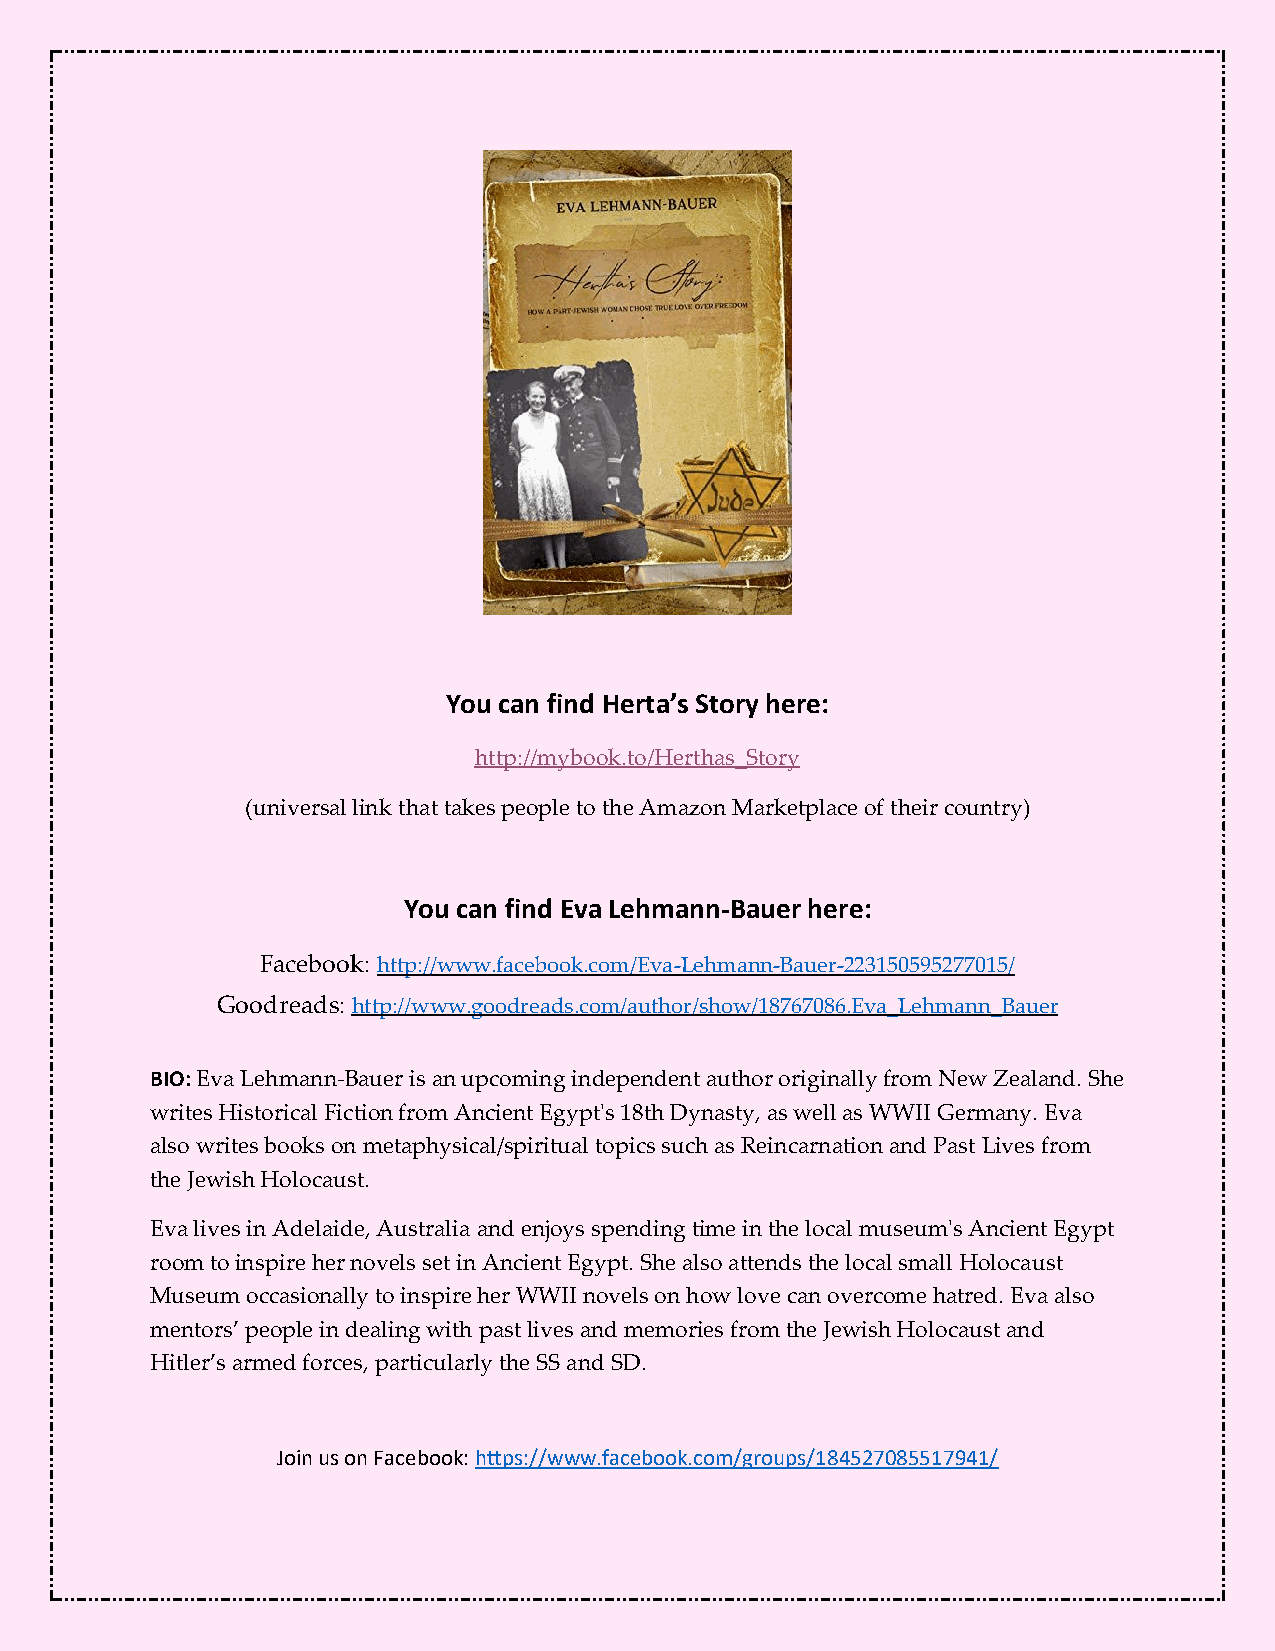
You can find Herta’s Story here:
 http://mybook.to/Herthas_Story
 (universal link that takes people to the Amazon Marketplace of their country)
 You can find Eva Lehmann-Bauer here:
 Facebook: http://www.facebook.com/Eva-Lehmann-Bauer-223150595277015/
 Goodreads: http://www.goodreads.com/author/show/18767086.Eva_Lehmann_Bauer
 BIO: Eva Lehmann-Bauer is an upcoming independent author originally from New Zealand. She
 writes Historical Fiction from Ancient Egypt's 18th Dynasty, as well as WWII Germany. Eva
 also writes books on metaphysical/spiritual topics such as Reincarnation and Past Lives from
 the Jewish Holocaust.
 Eva lives in Adelaide, Australia and enjoys spending time in the local museum's Ancient Egypt
 room to inspire her novels set in Ancient Egypt. She also attends the local small Holocaust
 Museum occasionally to inspire her WWII novels on how love can overcome hatred. Eva also
 mentors’ people in dealing with past lives and memories from the Jewish Holocaust and
 Hitler’s armed forces, particularly the SS and SD.
 Join us on Facebook: https://www.facebook.com/groups/184527085517941/